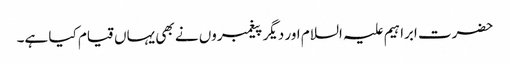
حضرت ابراہیم علیہ السلام اور دیگر پیغمبروں نے بھی یہاں قیام کیا ہے۔